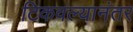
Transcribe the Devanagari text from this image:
टिकवल्यानंतर